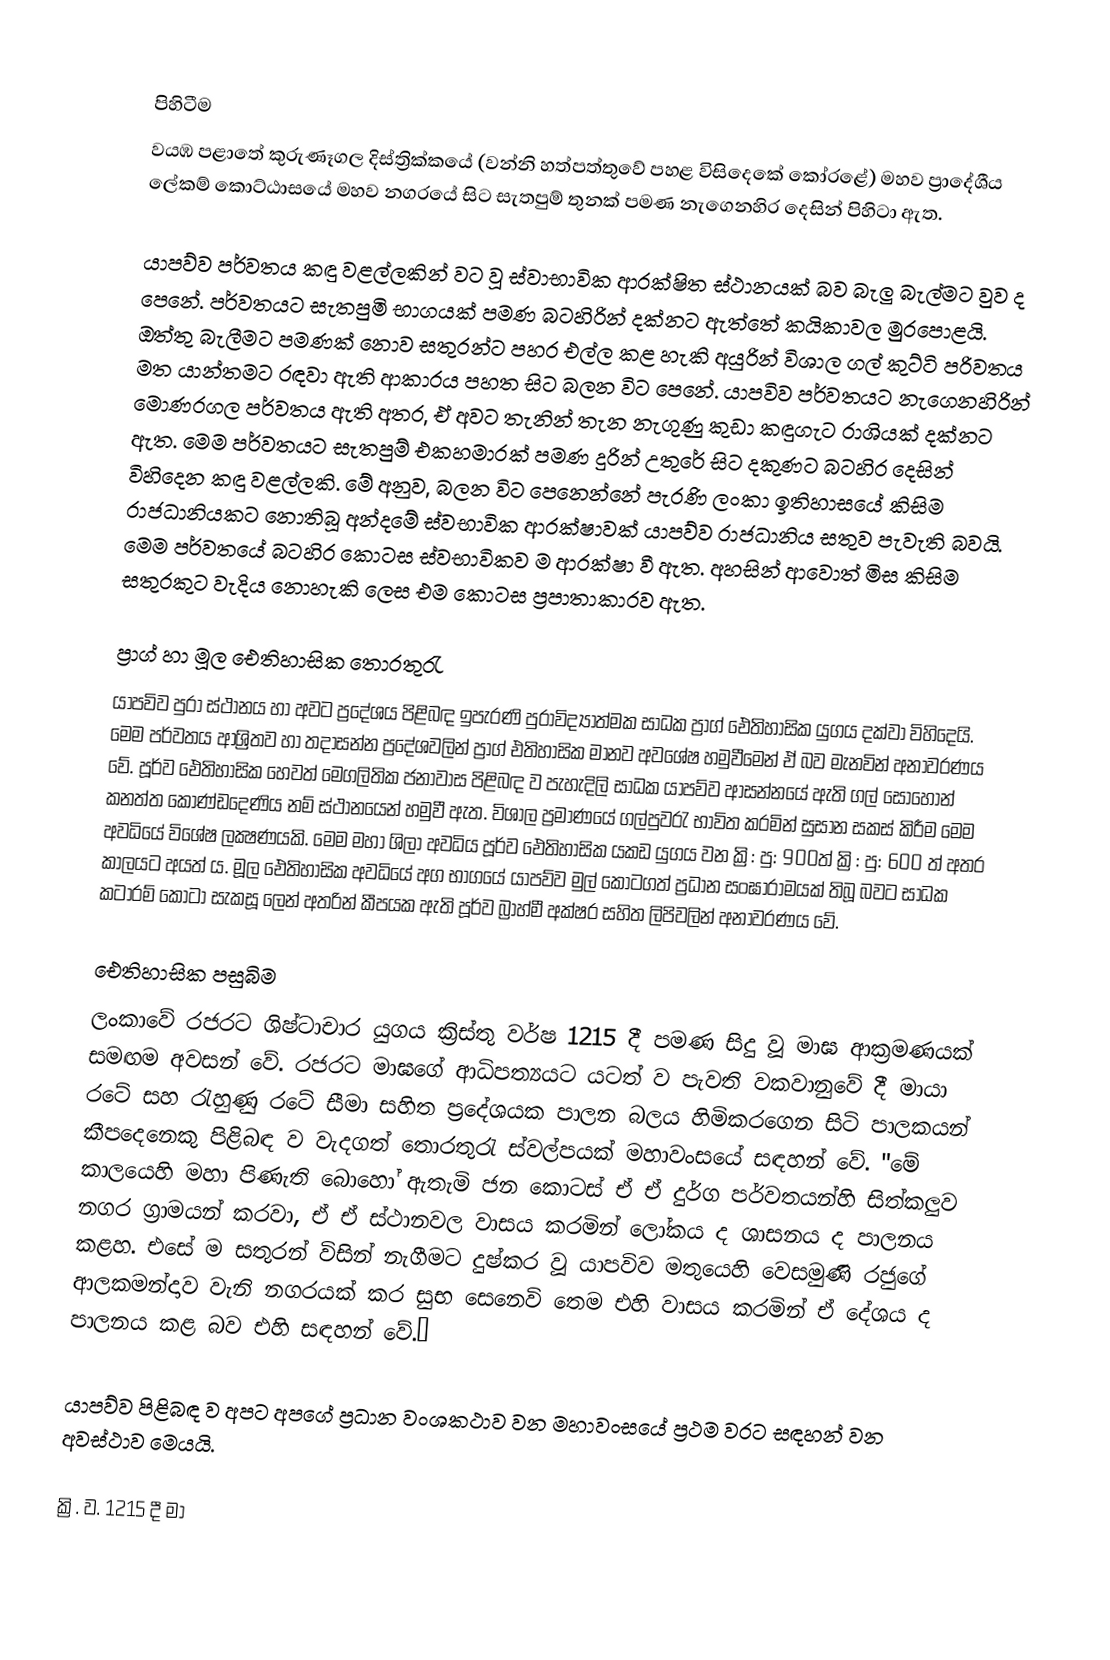

පිහිටීම
වයඹ පළාතේ කුරුණෑගල දිස්ත්‍රික්කයේ (වන්නි හත්පත්තුවේ පහළ විසිදෙකේ කෝරළේ) මහව ප්‍රාදේශීය ලේකම්‌ කොට්ඨාසයේ මහව නගරයේ සිට සැතපුම්‌ තුනක්‌ පමණ නැගෙනහිර දෙසින්‌ පිහිටා ඇත.

යාපව්ව පර්වතය කඳු වළල්ලකින්‌ වට වූ ස්වාභාවික ආරක්ෂිත ස්ථානයක්‌ බව බැලු බැල්මට වුව ද පෙනේ. පර්වතයට සැතපුමි භාගයක්‌ පමණ බටහිරින්‌ දක්නට ඇත්තේ කයිකාවල මුරපොළයි. ඔත්තු බැලීමට පමණක්‌ නොව සතුරන්ට පහර එල්ල කළ හැකි අයුරින්‌ විශාල ගල්‌ කුට්ටි පරිවතය මත යාන්තමට රඳවා ඇති ආකාරය පහත සිට බලන විට පෙනේ. යාපවිව පර්වතයට නැගෙනහිරින්‌ මොණරගල පර්වතය ඇති අතර, ඒ අවට තැනින්‌ තැන නැගුණු කුඩා කඳුගැට රාශියක්‌ දක්නට ඇත. මෙම පර්වතයට සැතපුම්‌ එකහමාරක්‌ පමණ දුරින්‌ උතුරේ සිට දකුණට බටහිර දෙසින්‌ විහිදෙන කඳු වළල්ලකි. මේ අනුව, බලන විට පෙනෙන්නේ පැරණි ලංකා ඉතිහාසයේ කිසිම රාජධානියකට නොතිබූ අන්දමේ ස්වභාවික ආරක්ෂාවක්‌ යාපව්ව රාජධානිය සතුව පැවැති බවයි. මෙම පර්වතයේ බටහිර කොටස ස්වභාවිකව ම ආරක්ෂා වී ඇත. අහසින්‌ ආවොත් මිස කිසිම සතුරකුට වැදිය නොහැකි ලෙස එම කොටස ප්‍රපාතාකාරව ඇත.

ප්‍රාග්‌ හා මූල ඓතිහාසික තොරතුරැ
යාපවිව පුරා ස්ථානය හා අවට ප්‍රදේශය පිළිබඳ ඉපැරණි පුරාවිද්‍යාත්මක සාධක ප්‍රාග්‌ ඓතිහාසික යුගය දක්වා විහිදෙයි. මෙම පර්වතය ආශ්‍රිතව හා තදාසන්න ප්‍රදේශවලින්‌ ප්‍රාග්‌ එතිහාසික මානව අවශේෂ හමුවීමෙන්‌ ඒ බව මැනවින්‌ අනාවරණය වේ. පූර්ව ඓතිහාසික හෙවත්‌ මෙගලිතික ජනාවාස පිළිබඳ ව පැහැදිලි සාධක යාපව්ව ආසන්නයේ ඇති ගල්‌ සොහොන්‌ කනත්ත කොණ්ඩදෙණිය නම්‌ ස්ථානයෙන්‌ හමුවී ඇත. විශාල ප්‍රමාණයේ ගල්පුවරැ භාවිත කරමින්‌ සුසාන සකස්‌ කිරීම මෙම අවධියේ විශේෂ ලක්‍ෂණයකි. මෙම මහා ශිලා අවධිය පූර්ව ඓතිහාසික යකඩ යුගය වන ක්‍රි: පු: 900ත්‌ ක්‍රි: පු: 600 ත්‌ අතර කාලයට අයත්‌ ය. මූල ඓතිහාසික අවධියේ අග භාගයේ යාපව්ව මුල්‌ කොටගත්‌ ප්‍රධාන සංඝාරාමයක්‌ තිබූ බවට සාධක කටාරම්‌ කොටා සැකසූ ලෙන්‌ අතරින්‌ කීපයක ඇති පූර්ව බ්‍රාහ්මී අක්ෂර සහිත ලිපිවලින්‌ අනාවරණය වේ.

ඓතිහාසික පසුබිම
ලංකාවේ රජරට ශිෂ්ටාචාර යුගය ක්‍රිස්තු වර්ෂ 1215 දී පමණ සිදු වූ මාඝ ආක්‍රමණයක්‌ සමඟම අවසන්‌ වේ. රජරට මාඝගේ ආධිපත්‍යයට යටත්‌ ව පැවති වකවානුවේ දී මායා රටේ සහ රැහුණු රටේ සීමා සහිත ප්‍රදේශයක පාලන බලය හිමිකරගෙන සිටි පාලකයන්‌ කීපදෙනෙකු පිළිබඳ ව වැදගත්‌ තොරතුරැ ස්වල්පයක්‌ මහාවංසයේ සඳහන්‌ වේ. "මේ කාලයෙහි මහා පිණැති බොහෝ ඇතැමි ජන කොටස්‌ ඒ ඒ දුර්ග පර්වතයන්හි සිත්කලුව නගර ග්‍රාමයන්‌ කරවා, ඒ ඒ ස්ථානවල වාසය කරමින්‌ ලෝකය ද ශාසනය ද පාලනය කළහ. එසේ ම සතුරන්‌ විසින්‌ නැගීමට දුෂ්කර වූ යාපවිව මතුයෙහි වෙසමුණි රජුගේ ආලකමන්දාව වැනි නගරයක්‌ කර සුභ සෙනෙවි තෙම එහි වාසය කරමින්‌ ඒ දේශය ද පාලනය කළ බව එහි සඳහන්‌ වේ.”

යාපව්ව පිළිබඳ ව අපට අපගේ ප්‍රධාන වංශකථාව වන මහාවංසයේ ප්‍රථම වරට සඳහන්‌ වන අවස්ථාව මෙයයි.

ක්‍රි. ව. 1215 දී මා